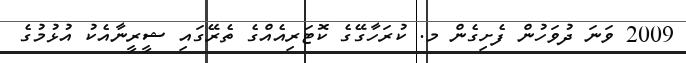
2009 ވަނަ ދުވަހުން ފެށިގެން މ. ކުރަހާގޭގެ ކޮޓަރިއެއްގެ ތެރޭގައި ޝީރީނާއެކު އުޅުމުގެ